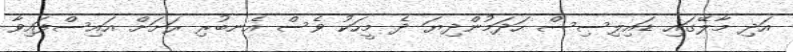
އަދި މާލޭގައި ޑައިލިސިސް ހަދަމުންދިޔަ ދެ މީހަކު ވެސް އެނބުރި ރަށަށް އައިސްފައިވާ